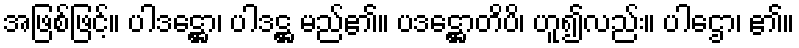
အဖြစ်ဖြင့်။ ပါဒဋ္ဌော၊ ပါဒဋ္ဌ မည်၏။ ပဒဋ္ဌောတိပိ၊ ဟူ၍လည်း။ ပါဌော၊ ၏။